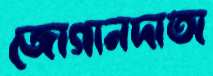
জোগানদাতা